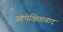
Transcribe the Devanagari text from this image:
आपेक्षितावाद